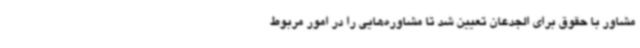
مشاور با حقوق برای الجدعان تعیین شد تا مشاوره‌هایی را در امور مربوط